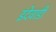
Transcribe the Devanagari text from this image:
इंदेवाडी